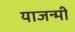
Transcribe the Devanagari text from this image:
याजन्मी